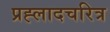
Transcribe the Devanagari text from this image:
प्रह्लादचरित्र